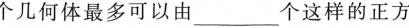
个几何体最多可以由_________个这样的正方